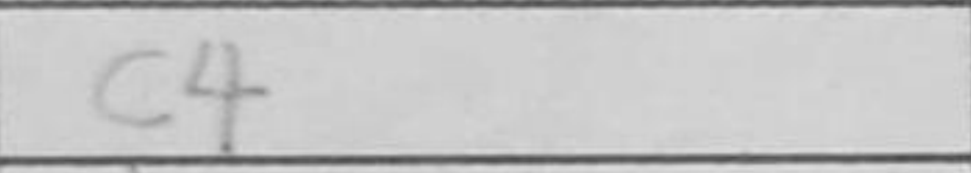
Transcription: c4